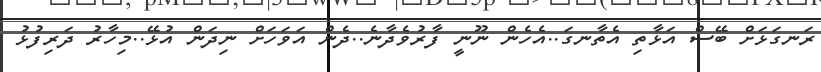
ރަނގަޅަށް ބޭސް އަޅާތި އެތާނގަ..އެހެން ނޫނީ ފާރުވެދާނެ..ދެން އަވަހަށް ނިދަން އުޅޭ..މިހާރު ދަރިފުޅު